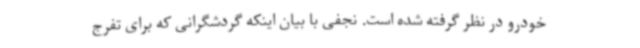
خودرو در نظر گرفته شده است. نجفی با بیان اینکه گردشگرانی که برای تفرج